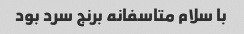
با سلام متاسفانه برنج سرد بود